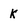
Character: k